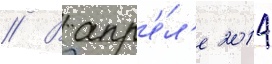
// В апр'е́л'е 2014